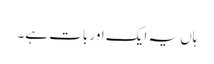
ہاں یہ ایک اور بات ہے۔